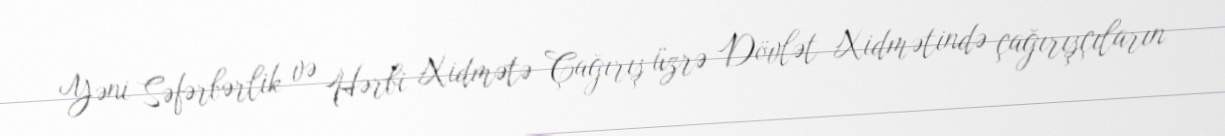
Yəni Səfərbərlik və Hərbi Xidmətə Çağırış üzrə Dövlət Xidmətində çağırışçıların